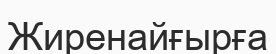
Жиренайғырға